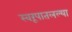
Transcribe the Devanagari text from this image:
स्वरूपातलल्या